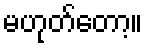
မဟုတ်တော့။